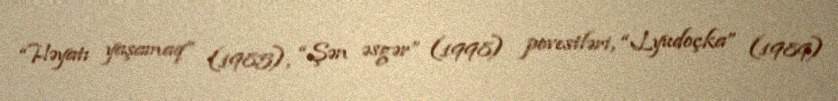
“Həyatı yaşamaq” (1985), “Şən əsgər” (1998) povestləri, “Lyudoçka” (1989)